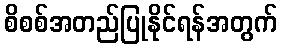
စိစစ်အတည်ပြုနိုင်ရန်အတွက်